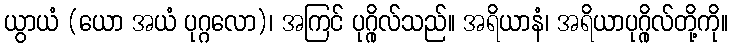
ယွာယံ (ယော အယံ ပုဂ္ဂလော)၊ အကြင် ပုဂ္ဂိုလ်သည်။ အရိယာနံ၊ အရိယာပုဂ္ဂိုလ်တို့ကို။